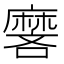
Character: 𬹏